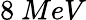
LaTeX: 8~MeV